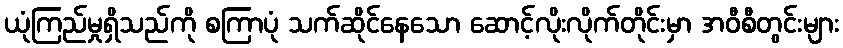
ယုံကြည်မှုရှိသည်ကို စကြာပုံ သက်ဆိုင်နေသော ဆောင့်လိုးလိုက်တိုင်းမှာ အဝီစီတွင်းများ